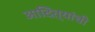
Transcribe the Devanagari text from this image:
आदित्यांची